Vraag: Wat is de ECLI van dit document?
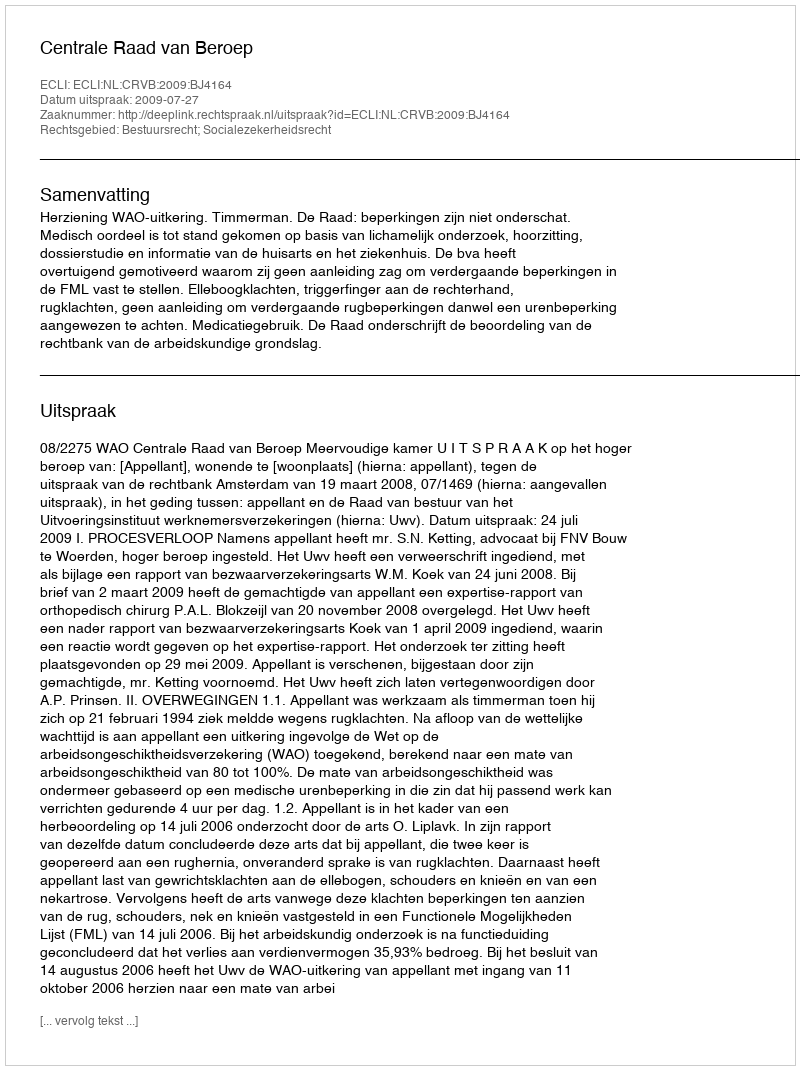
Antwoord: ECLI:NL:CRVB:2009:BJ4164